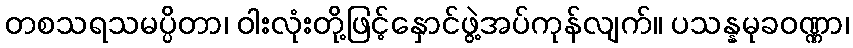
တစသရသမပ္ပိတာ၊ ဝါးလုံးတို့ဖြင့်နှောင်ဖွဲ့အပ်ကုန်လျက်။ ပသန္နမုခဝဏ္ဏာ၊